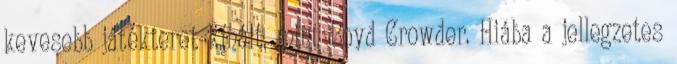
kevesebb játékteret kínált, mint Boyd Crowder. Hiába a jellegzetes